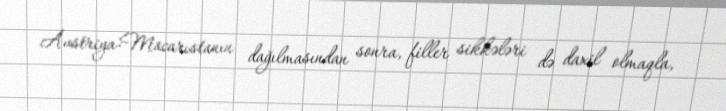
Avstriya-Macarıstanın dağılmasından sonra, filler sikkələri də daxil olmaqla,